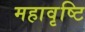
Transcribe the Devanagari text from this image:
महावृष्टि